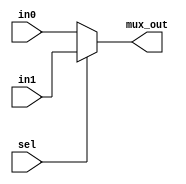
module multiplexor#(parameter WIDTH=32)(
	input wire	sel,
	input wire [WIDTH-1:0] in0 ,
	input wire [WIDTH-1:0] in1,
	output wire [WIDTH-1:0] mux_out);
	
assign mux_out=(!sel)?in0:in1;
	
endmodule